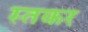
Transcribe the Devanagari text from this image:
स्तकर